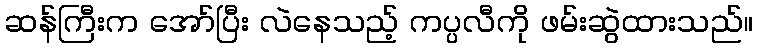
ဆန်ကြီးက အော်ပြီး လဲနေသည့် ကပ္ပလီကို ဖမ်းဆွဲထားသည်။